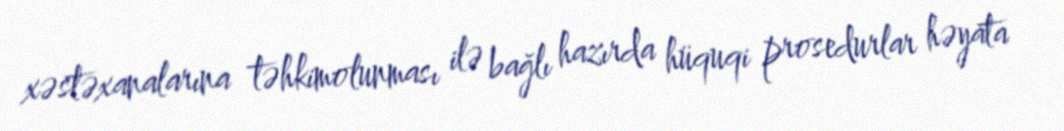
xəstəxanalarına təhkimolunması ilə bağlı hazırda hüquqi prosedurlar həyata